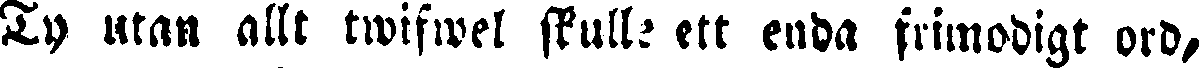
Ty utan allt twifwel skulle ett enda frimodigt ord,